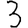
Digit: 3